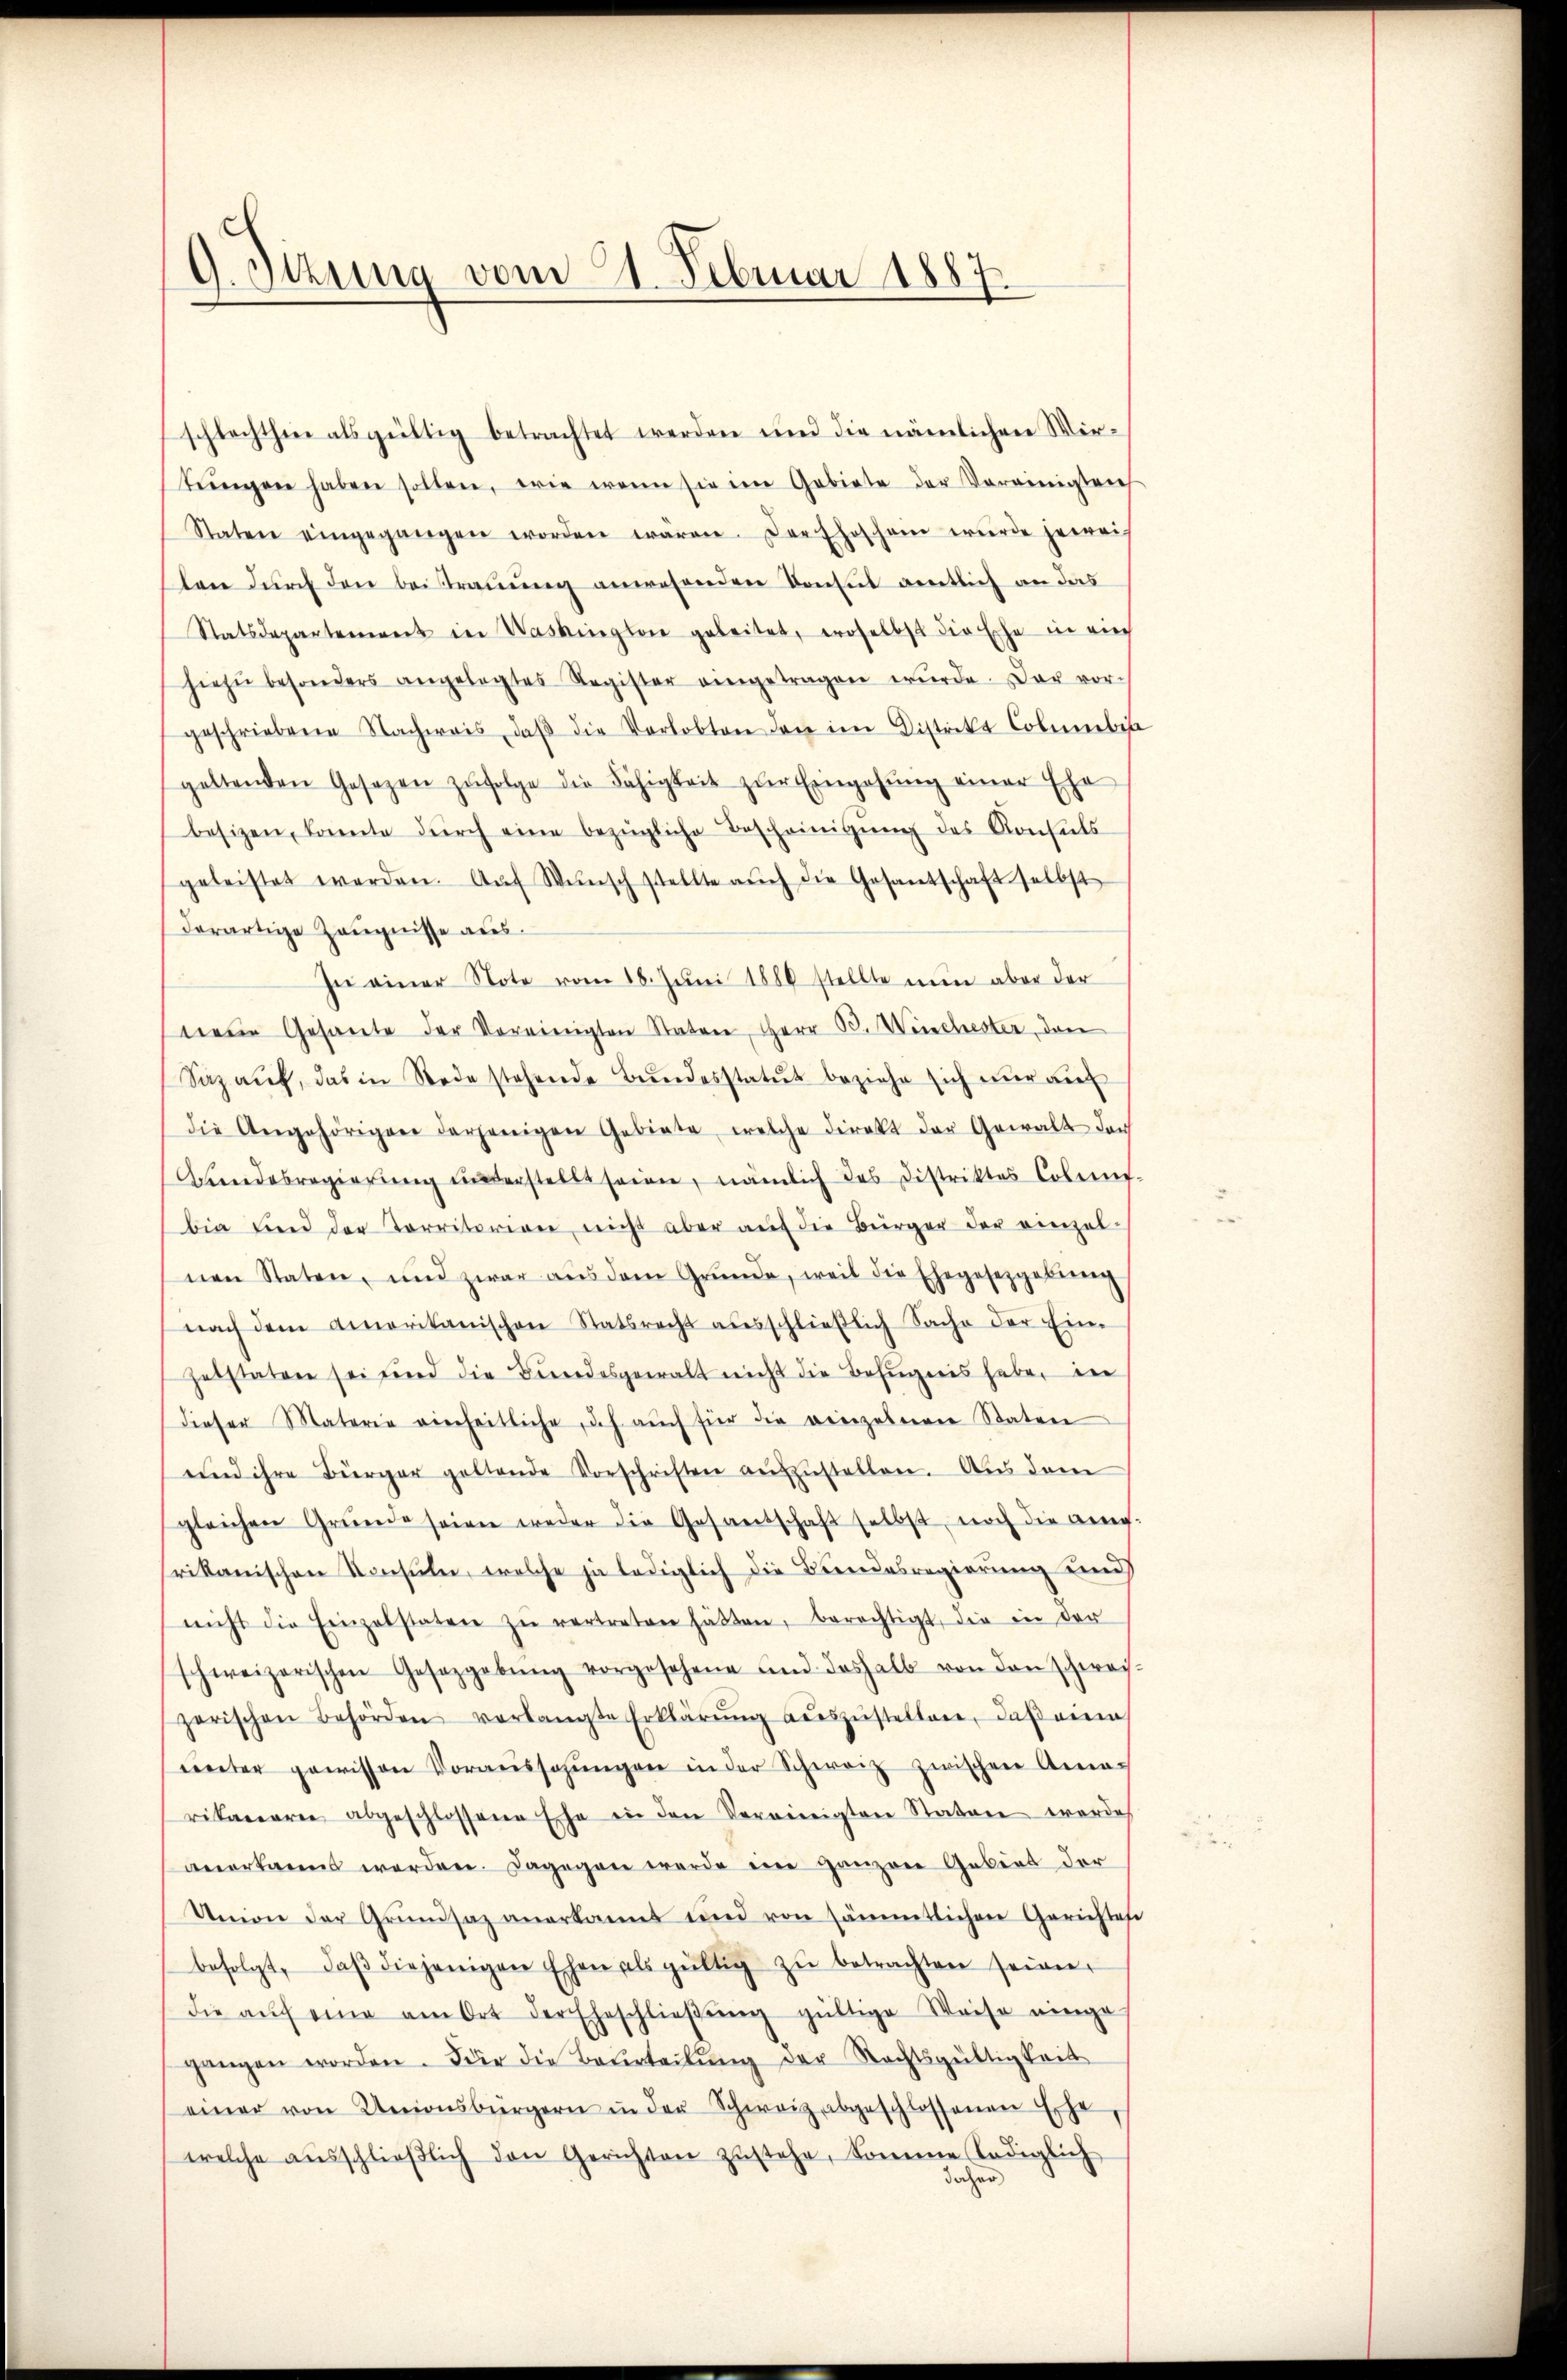
9. Jezung vom 21. Februar 1887.

schlechthin als gültig betrachtet werden und die nämlichen Wir-
tŭngen haben sollen, wie wenn sie im Gebiete der Vereinigteich
Staten eingegangen worden waren. Der Eheschein würde jewei
len durch den beistrauung anwesenden Konsul amtlich an das
Statsdepartement in Washington geleitet, woselbst die Ehe in auch
hiezŭ besonders angelegtes Register eingetragen wŭrde. Der vor-
geschriebene Nachweis, daβ die Verlobten den im Distrikt Columbis
geltenden Gesezen zŭfolge die Fähigkeit zŭr Eingehŭng einer Ehe
besizen, konnte dŭrch eine bezügliche Bescheinigŭng des Konseils
geleistet werden. Aŭf Wŭnsch stellte aŭch die Gesantschaft selbst
derartige Zeugnisse aus¬
In einer Note vom 18. Juni 1880 stellte nun aber der
wei Gesante der Vereinigten Stater, Herr B. Winchester, den
Sazaŭf, das in Rede stehende Bundesstatut beziehe sich nur auf
die Angehörigen derjenigen Gebiete, welche direkt der Gewalt der
Aendesregierung unterstellt seien, nämlich des Distriktes Colet
bia und der Korritoriere nicht aber auf die Bürger der einzel-
nen Staten, und zwar aŭs dem Gründe, weil die Ehegesetzgebung
nach dem Amerikanischen Statsrecht ausschlieβlich Sache der Ein-
hebstaten sei und die Bundesgewalt nicht die Befugnis habe, in
dieser Materie einheitliche, dch aŭch für die vierzelnen Staten
und ihre Bürger geltende Vorschriften aŭszŭstellen. Aus dem
gleichen Grŭnde seien weder die Gesandschaft selbst noch die an
rikanischen Konsuln, welche ja lediglich die Bundesregierung und
nicht die Einzelstaten zŭ vertreten hätten, berechtigt, die in der
schweizerischen Gesetzgebŭng vorgesehene und deshalb von den schwei-
zerischen Behörden verlangte Erklärŭng aŭszŭstellen, daβ eine
inter gewissen Voraussagŭngen in der Schweiz zwischen Ama-
rikariaren abgeschlossene Ehe in den Vereinigten Stator werde
anerkanns werden. Dagegen werde ein ganzen Gebiet der
Union der Grŭndsaz anerkannt und von sämmtlichen Gerichtase
befolgt, daβ diejenigen Ehen als gütlich zŭ betrachten seien.
die aŭf eine am Ort der Eheschlieβŭng gültige Weise einge
gangen worden. Für die Beurteilŭng der Rechtsgültigkeit
einer von Unionsbürgern in der Schweiz abgeschlossenen Ehe
welche aŭsschlieβlich den Gerichten zŭstehe, Somme lediglich
dazu